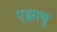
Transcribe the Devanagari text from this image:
एझाथु